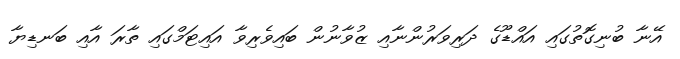
އޭނާ ބުނިގޮތުގައި އައްޑޫގެ ދަރިވަރުންނާއި ޒުވާނުން ބައިވެރިވާ އައިޓަމްގައި ތާރަ އާއި ބަނޑިޔާ